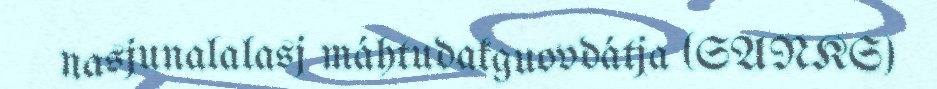
nasjunalalasj máhtudakguovdátja (SANKS)